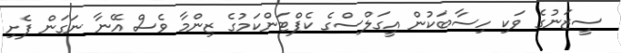
ސީޒަނުގެ ވަކި ހިސާބަކުން އީގަލްސްގެ ކެޕްޓަންކަމުގެ ޒިންމާ ވެސް އޭނާ ނަގަން ފެށި